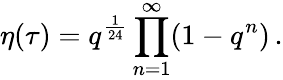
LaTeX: \eta(\tau)=q^{\frac{1}{24}}\prod_{n=1}^{\infty}(1-q^{n})\, .